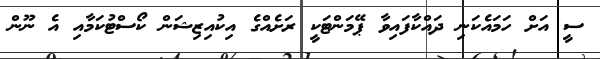
ސީ އަށް ހަމައެކަނި ދައްކާފައިވާ ޕޭމަންޓަކީ ރަށެއްގެ އިކުއިޒިޝަން ކޯސްޓުކަމާއި އެ ނޫން